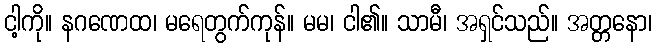
ငါ့ကို။ နဂဏေထ၊ မရေတွက်ကုန်။ မမ၊ ငါ၏။ သာမီ၊ အရှင်သည်။ အတ္တနော၊